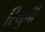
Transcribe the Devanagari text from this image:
रियुची